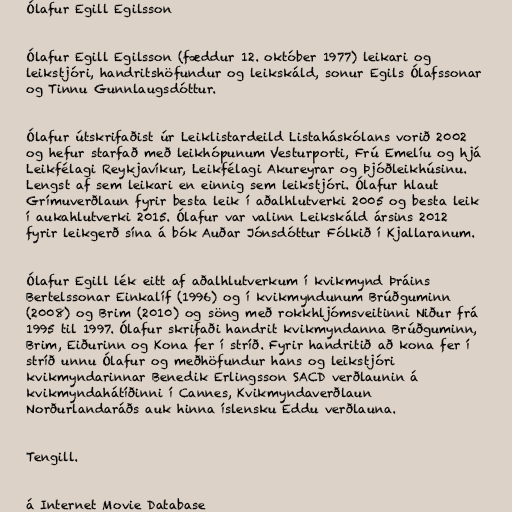
Ólafur Egill Egilsson

Ólafur Egill Egilsson (fæddur 12. október 1977) leikari og
leikstjóri, handritshöfundur og leikskáld, sonur Egils Ólafssonar
og Tinnu Gunnlaugsdóttur.

Ólafur útskrifaðist úr Leiklistardeild Listaháskólans vorið 2002
og hefur starfað með leikhópunum Vesturporti, Frú Emelíu og hjá
Leikfélagi Reykjavíkur, Leikfélagi Akureyrar og Þjóðleikhúsinu.
Lengst af sem leikari en einnig sem leikstjóri. Ólafur hlaut
Grímuverðlaun fyrir besta leik í aðalhlutverki 2005 og besta leik
í aukahlutverki 2015. Ólafur var valinn Leikskáld ársins 2012
fyrir leikgerð sína á bók Auðar Jónsdóttur Fólkið í Kjallaranum.

Ólafur Egill lék eitt af aðalhlutverkum í kvikmynd Þráins
Bertelssonar Einkalíf (1996) og í kvikmyndunum Brúðguminn
(2008) og Brim (2010) og söng með rokkhljómsveitinni Niður frá
1995 til 1997. Ólafur skrifaði handrit kvikmyndanna Brúðguminn,
Brim, Eiðurinn og Kona fer í stríð. Fyrir handritið að kona fer í
stríð unnu Ólafur og meðhöfundur hans og leikstjóri
kvikmyndarinnar Benedik Erlingsson SACD verðlaunin á
kvikmyndahátíðinni í Cannes, Kvikmyndaverðlaun
Norðurlandaráðs auk hinna íslensku Eddu verðlauna.

Tengill.

á Internet Movie Database